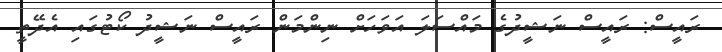
ރައީސް: ރައީސް ނަޝީދުގެ މައްސަލަ އަވަހަށް ނިންމަން ރައީސް ނަޝީދު ކޯޓުގައި އެދޭތީ